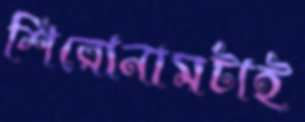
শিরোনামটাই